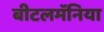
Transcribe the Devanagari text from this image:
बीटलमॅनिया